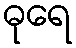
ဓုရေ